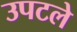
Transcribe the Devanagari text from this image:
उपटले